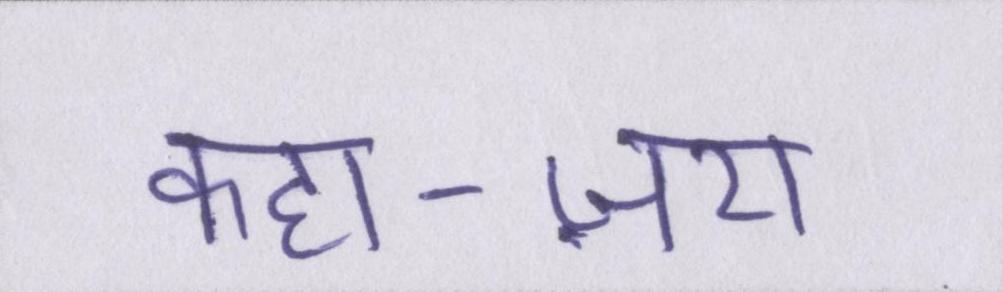
कहा-ज़रा